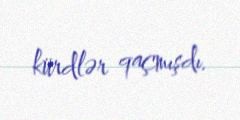
kürdlər qaçmışdı.